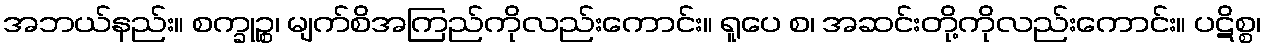
အဘယ်နည်း။ စက္ခုဉ္စ၊ မျက်စိအကြည်ကိုလည်းကောင်း။ ရူပေ စ၊ အဆင်းတို့ကိုလည်းကောင်း။ ပဋိစ္စ၊